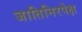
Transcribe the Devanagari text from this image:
जातिनिरपेक्ष